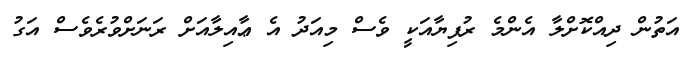
އަތުން ދިއްކޮށްލާ އެންމެ ރުފިޔާއަކީ ވެސް މިއަދު އެ ޢާއިލާއަށް ރަނަށްވުރެވެސް އަގު